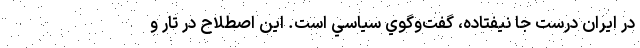
در ايران درست جا نيفتاده، گفت‌وگوي سياسي است. اين اصطلاح در تار و